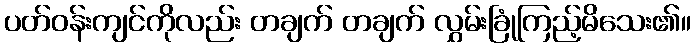
ပတ်ဝန်းကျင်ကိုလည်း တချက် တချက် လွှမ်းခြုံကြည့်မိသေး၏။